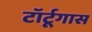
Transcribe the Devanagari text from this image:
टॉर्टूगास